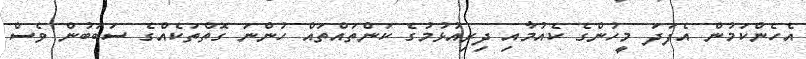
އެހެންކަމުން އެފަދަ މީހުންގެ ކެއުމާއި ދިރިއުޅުމުގެ ކަންތައްތައް ހުންނަ ގޮތްތަކެއްގެ ސަބަބުން ވެސް